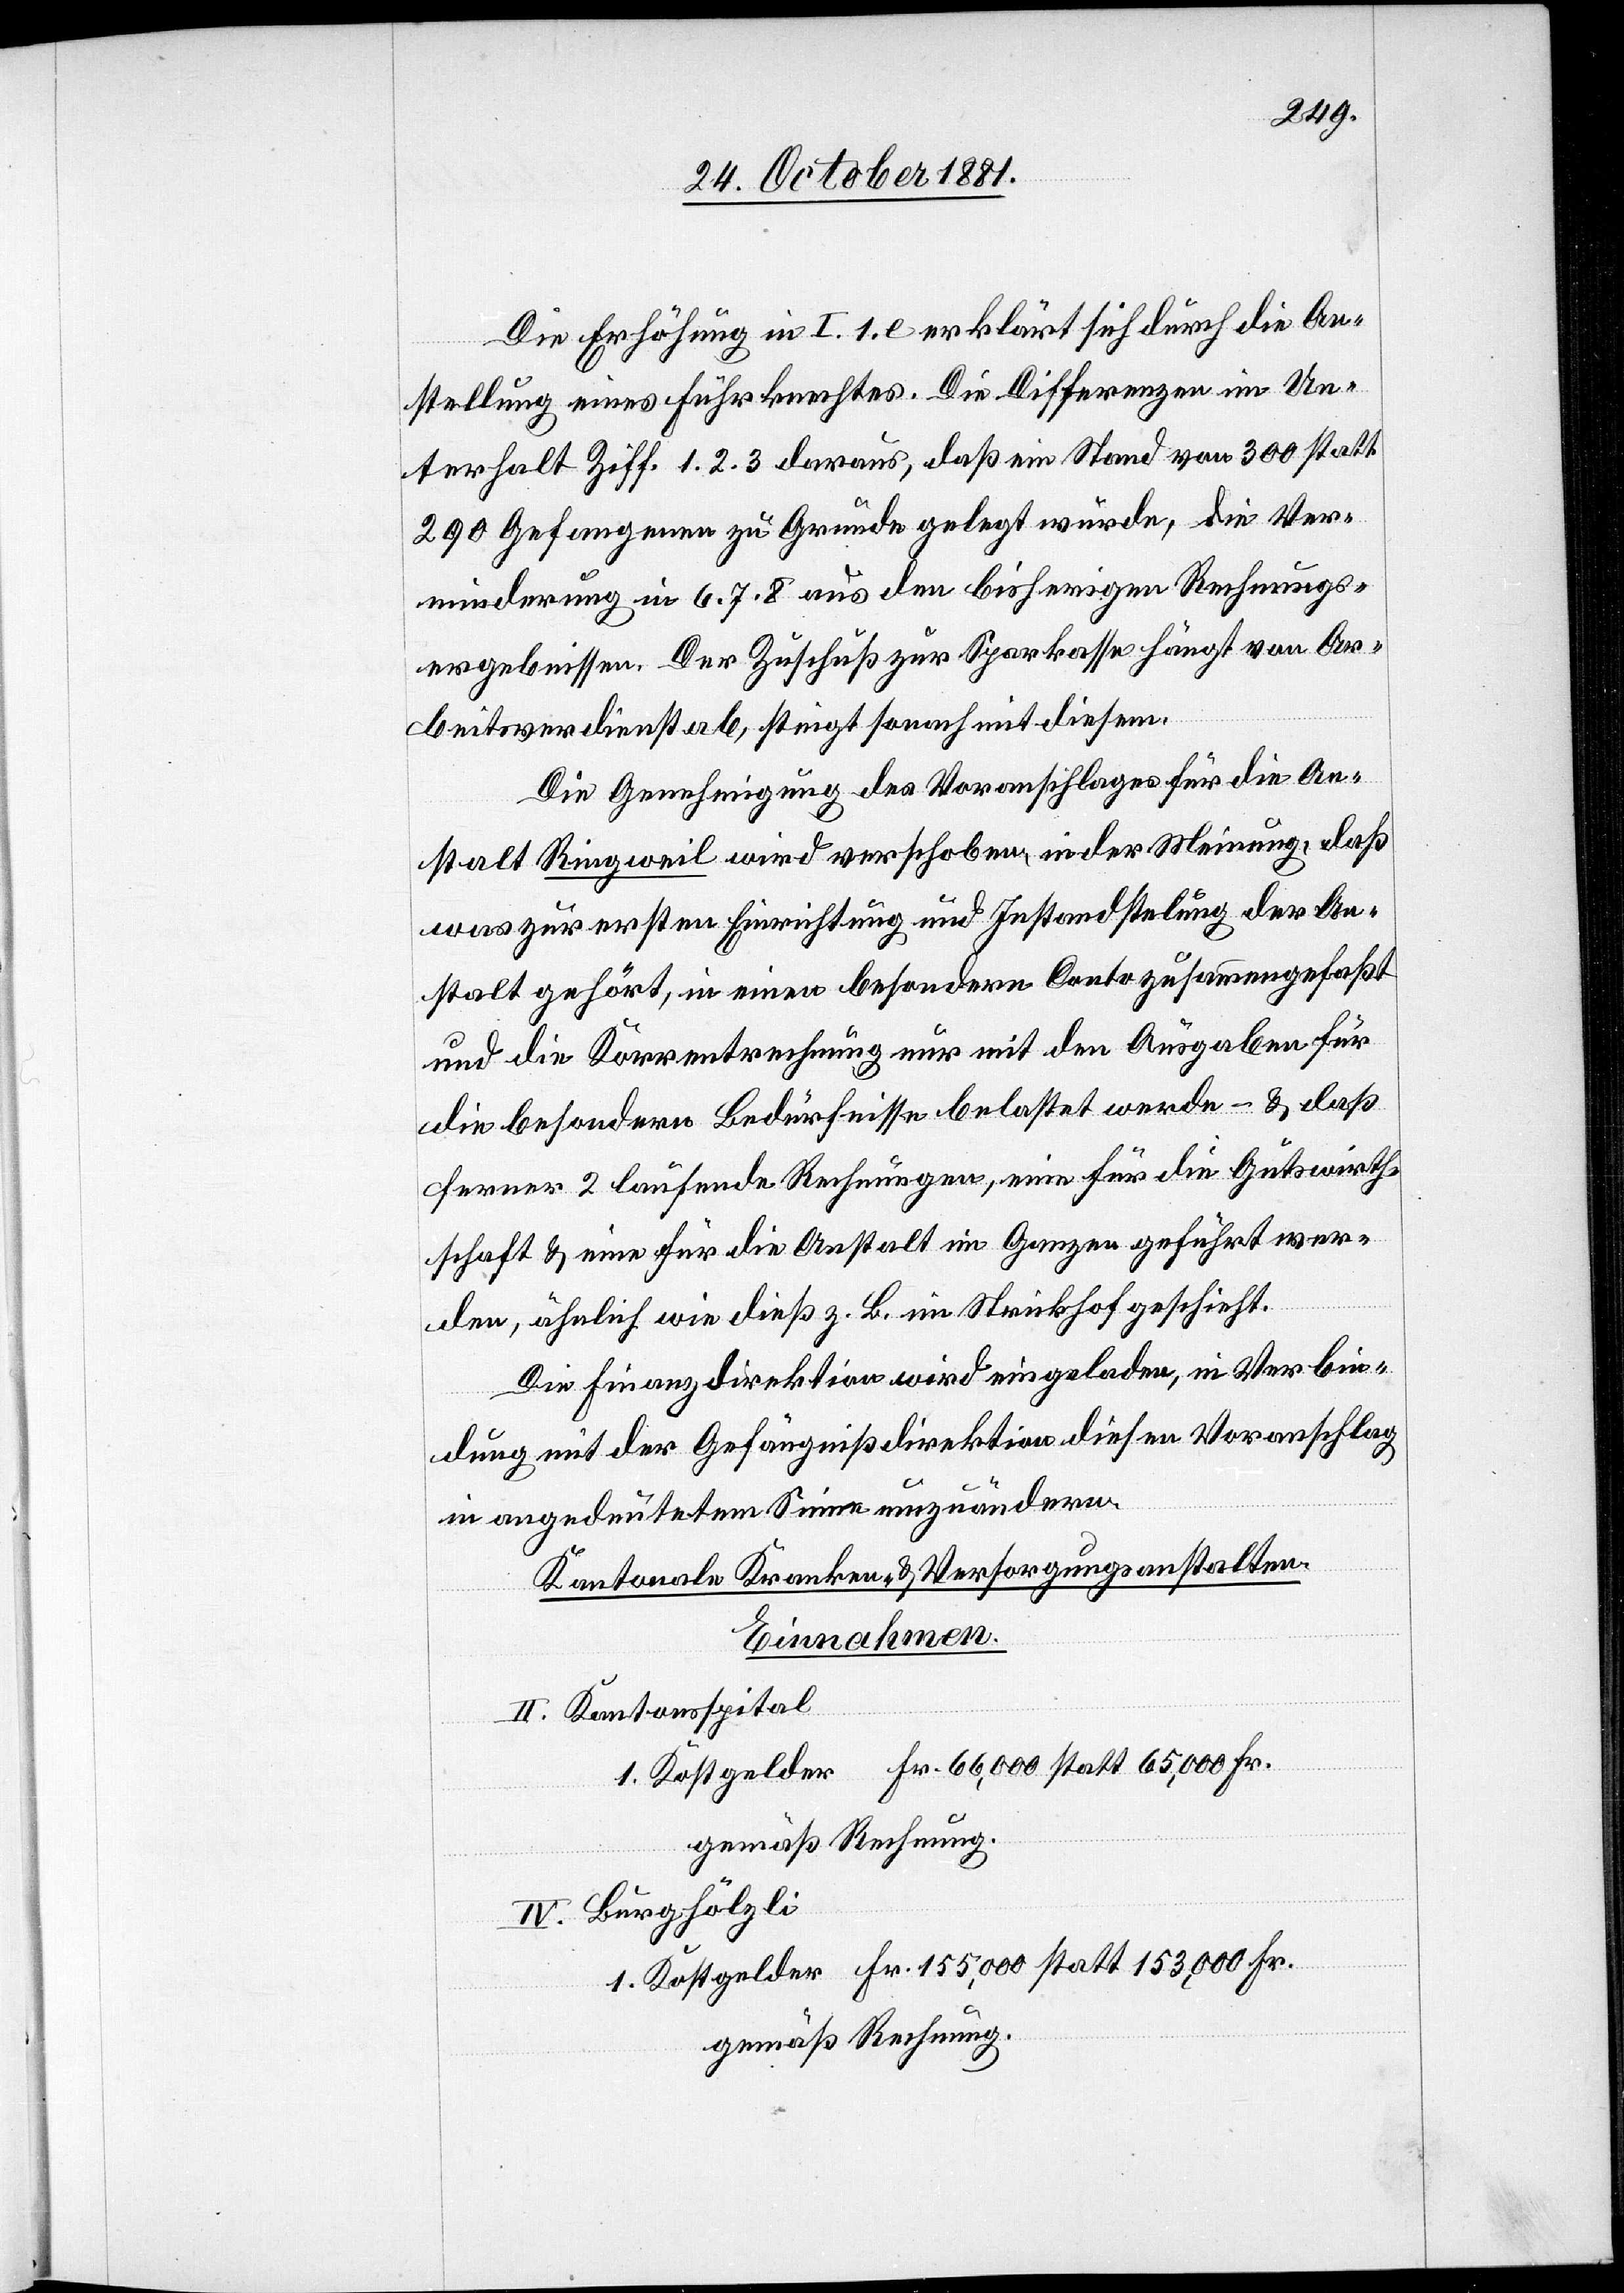
Die Erhöhung in I. 1. e. erklärt sich durch die An¬
stellung eines Fuhrknechtes. Die Differenzen im Un¬
terhalt Ziff. 1. 2. 3 daraus, daß ein Stand von 300 statt
290 Gefangenen zu Grunde gelegt wurde, die Ver¬
minderung in 6. 7. 8. aus den bisherigen Rechnungs¬
ergebnissen. Der Zuschuß zur Sparkasse hängt vom Ar¬
beitsverdienst ab, steigt sonach mit diesem.
Die Genehmigung des Voranschlages für die An¬
stalt Ringweil wird verschoben, in der Meinung, daß
was zur ersten Einrichtung und Instandstellung der An¬
stalt gehört, in einen besondern Conto zusammengefaßt
und die Korrentrechnung nur mit den Ausgaben für
die besondern Bedürfnisse belastet werden – & daß
ferner 2 laufende Rechnungen, eine für die Gutswirth¬
schaft & eine für die Anstalt im Ganzen geführt wer¬
den, ähnlich wie dieß z. B. im Strickhof geschieht.
Die Finanzdirektion wird eingeladen, in Verbin¬
dung mit der Gefängnißdirektion diesen Voranschlag
in angedeutetem Sinne umzuändern.
Kantonale Kranken- & Versorgungsanstalten.
Einnahmen.
II. Kantonsspital
1. Kostgelder Fr. 66,000 statt 65,000 Fr.
gemäß Rechnung.
IV. Burghölzli
1. Kostgelder Fr. 155,000 statt 153,000 Fr.
gemäß Rechnung.